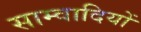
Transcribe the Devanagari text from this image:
साम्वादियों